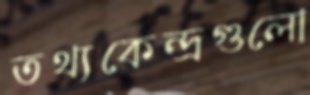
তথ্যকেন্দ্রগুলো